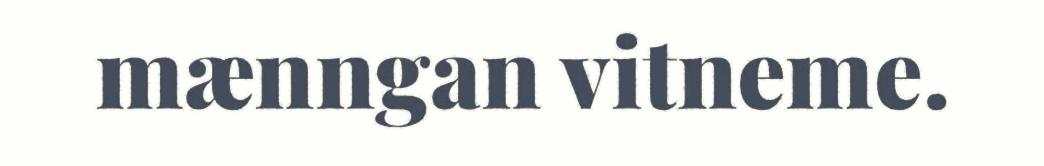
mænngan vitneme.